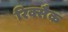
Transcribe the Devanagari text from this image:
रिक्सैक